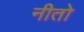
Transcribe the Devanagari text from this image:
नीतो